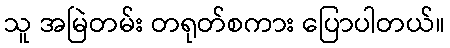
သူ အမြဲတမ်း တရုတ်စကား ပြောပါတယ်။